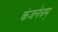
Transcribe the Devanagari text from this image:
कंजनेत्रम्‌